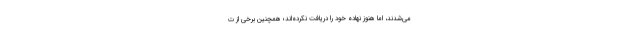
می‌شدند، اما هنوز نهاده خود را دریافت نکرده‌اند؛ همچنین برخی از ت